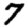
Digit: 7